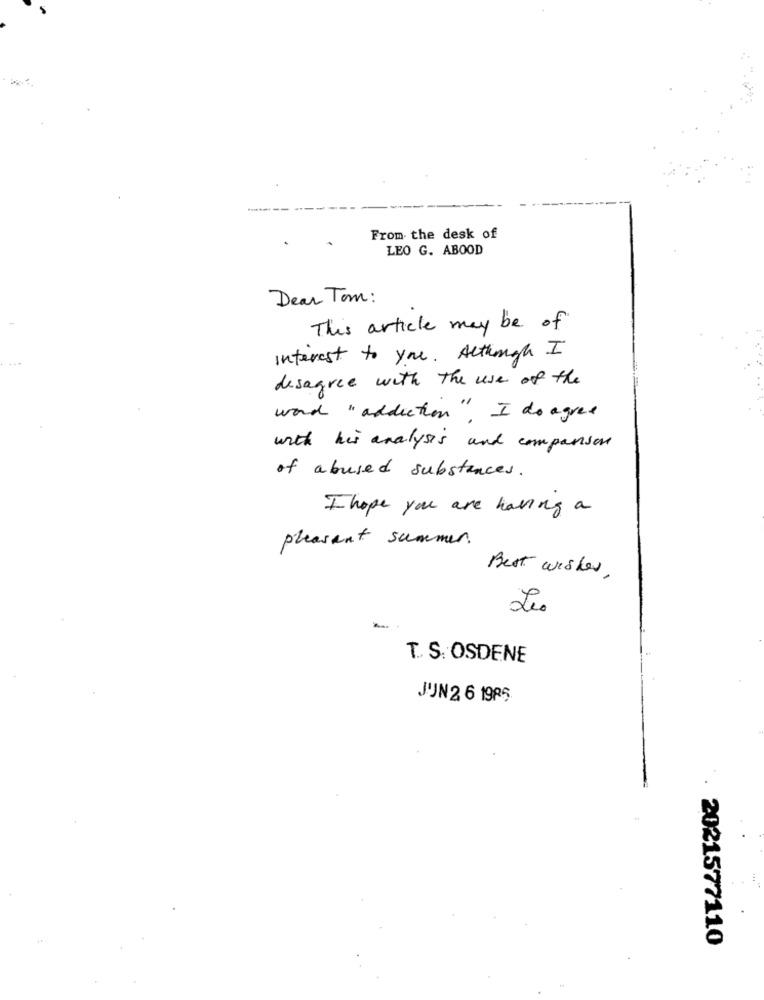
From the desk of
LEO G. ABOOD
Dear Tom:
This article may be of
interest to you. Although I
disagree with the use of the
word " addiction ", I do agree
with his analysis and companson
of abused substances .
I hope you are having a
pleasant summer.
Best wishes,
Les
T. S. OSDENE
JUN2 6 1985
2021577110